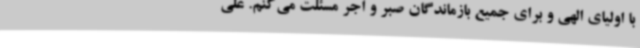
با اولیای الهی و برای جمیع بازماندگان صبر و اجر مسئلت می‌کنم. علی